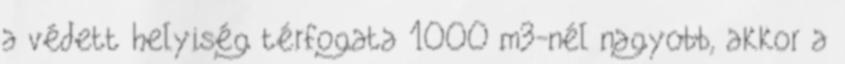
a védett helyiség térfogata 1000 m3-nél nagyobb, akkor a